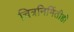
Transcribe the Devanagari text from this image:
चित्रनिर्मितीही